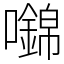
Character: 𡄎